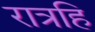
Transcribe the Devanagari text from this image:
रात्रहि